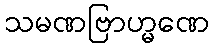
သမဏဗြာဟ္မဏေ